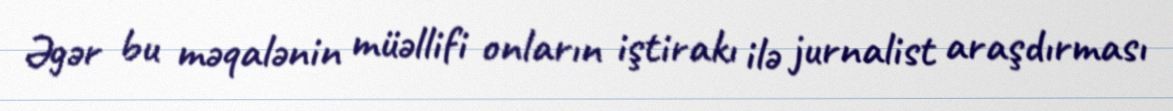
Əgər bu məqalənin müəllifi onların iştirakı ilə jurnalist araşdırması